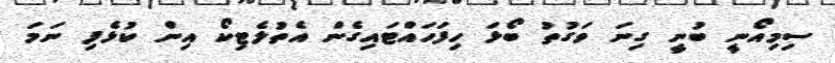
ސިމިއޯނީ ބުނީ ގިނަ ވަގުތު ބޯޅަ ހިފަހައްޓައިގެން އެތުލެޓިކޯ އިން ކުޅެފި ނަމަ